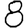
Digit: 8